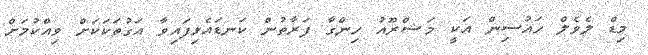
މިޑް ލެވެލް ހައުސިން އަކީ މަޝްރޫއު ހިންގާ ފަރާތުން ކަނޑައެޅިފައިވާ އަގުތަކަކަށް ވިއްކުމަށް